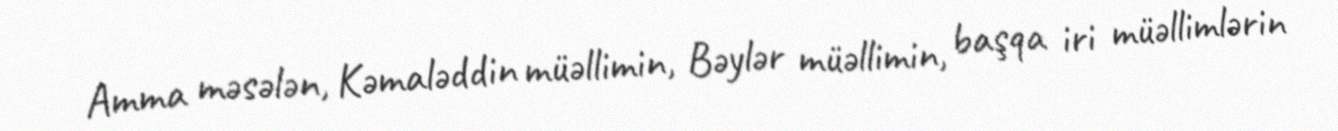
Amma məsələn, Kəmaləddin müəllimin, Bəylər müəllimin, başqa iri müəllimlərin